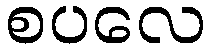
စပလေ